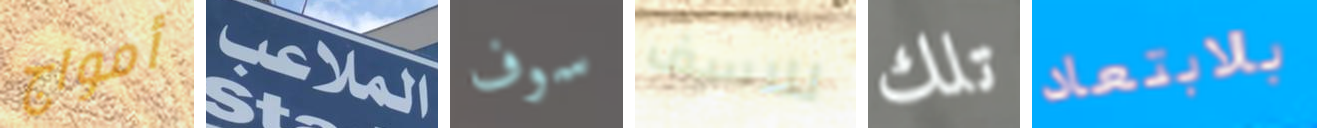
أمواج الملاعب سوف للاسف تلك بالابتعاد